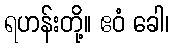
ရဟန်းတို့။ ဧဝံ ခေါ၊